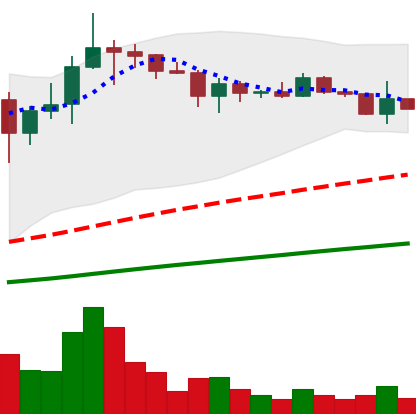
Ticker: ADA-USD
Chart end date: 2021-03-14
Forward return: 22.944%
Label: up_7plus